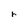
Character: r